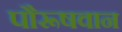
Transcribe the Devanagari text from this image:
पौरूषवान